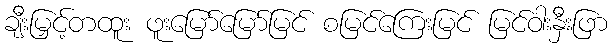
ချီးမြှင့်တထူး ဖူးမြော်မြော်မြင် စမြင်ကြေးမြင် မြင်ဝါးနှီးဖြာ